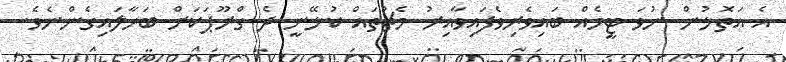
އެ އަތޮޅުން ނުވަ ޓީމެއް ބައިވެރިވެފައިވާއިރު މެޗުތައް ކުޅޭނީ ދެ ގްރޫޕަކަށް ބަހާލައިގެންނެވެ.